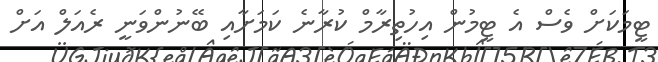
ޓީމަކަށް ވެސް އެ ޓީމުން އިހުތިރާމް ކުރާނެ ކަމަށާއި ބޭނުންވަނީ ރެއަލް އަށް